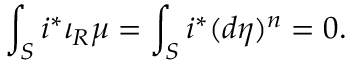
\int _ { S } i ^ { * } \iota _ { R } \mu = \int _ { S } i ^ { * } ( d \eta ) ^ { n } = 0 .